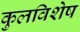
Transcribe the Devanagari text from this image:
कुलविशेष